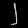
Digit: ၂